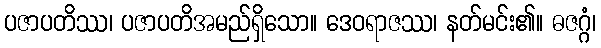
ပဇာပတိဿ၊ ပဇာပတိအမည်ရှိသော။ ဒေဝရာဇဿ၊ နတ်မင်း၏။ ဓဇဂ္ဂံ၊